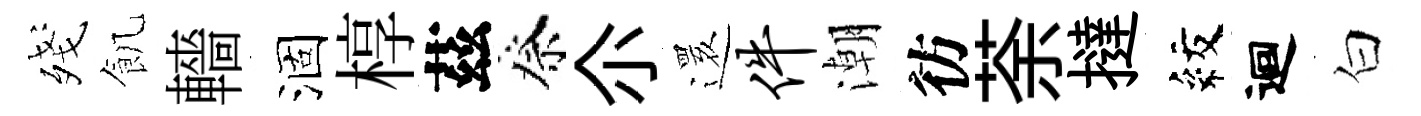
殘飢轖涸椁茲祭尒𮟃件潮彷荼撻紋迴白